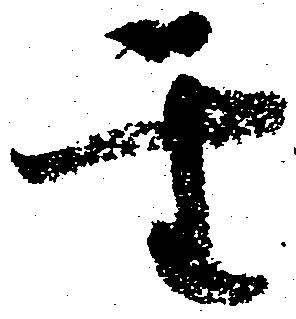
聖